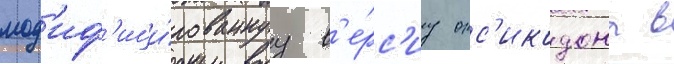
мод'иф'ици́рованнуу в'е́рс'иу окс'икодона в